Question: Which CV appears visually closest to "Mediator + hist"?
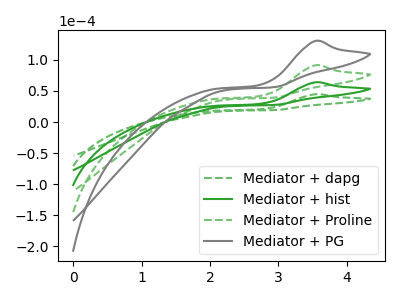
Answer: <think>The green dashed curve "Mediator + dapg" has an anodic peak at: (3.55V, 44.70uA). The green curve "Mediator + hist" has an anodic peak at: (3.55V, 63.90uA). The green dashed curve "Mediator + Proline" has an anodic peak at: (3.55V, 127.85uA). The gray curve "Mediator + PG" has an anodic peak at: (3.55V, 191.75uA).
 All the peaks in "Mediator + dapg" have a peak in "Mediator + hist" at the same potential. Every peak in "Mediator + dapg" is lower than every peak in "Mediator + hist". All the peaks in "Mediator + dapg" have a peak in "Mediator + Proline" at the same potential. Every peak in "Mediator + dapg" is lower than every peak in "Mediator + Proline". All the peaks in "Mediator + dapg" have a peak in "Mediator + PG" at the same potential. Every peak in "Mediator + dapg" is lower than every peak in "Mediator + PG". All the peaks in "Mediator + hist" have a peak in "Mediator + Proline" at the same potential. Every peak in "Mediator + hist" is lower than every peak in "Mediator + Proline". All the peaks in "Mediator + hist" have a peak in "Mediator + PG" at the same potential. Every peak in "Mediator + hist" is lower than every peak in "Mediator + PG". All the peaks in "Mediator + Proline" have a peak in "Mediator + PG" at the same potential. Every peak in "Mediator + Proline" is lower than every peak in "Mediator + PG".</think>
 <answer>"Mediator + hist", "Mediator + Proline" and "Mediator + PG" have a similar shape to "Mediator + dapg".</answer>
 <eval>"Mediator + hist" "Mediator + Proline" "Mediator + PG"</eval>